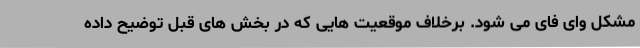
مشکل وای فای می شود. برخلاف موقعیت هایی که در بخش های قبل توضیح داده